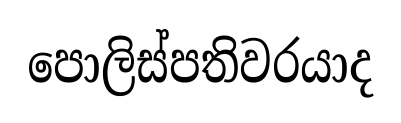
පොලිස්පතිවරයාද